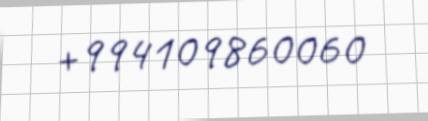
+994109860060